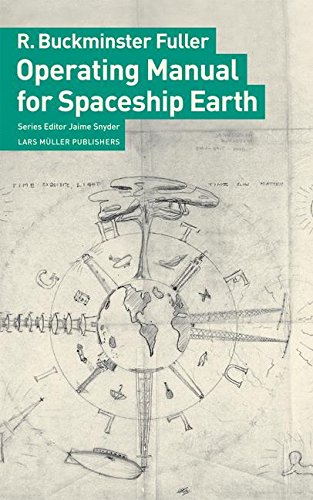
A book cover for Operating Manual for Spaceship Earth; R. Buckminster Fuller; Arts & Photography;